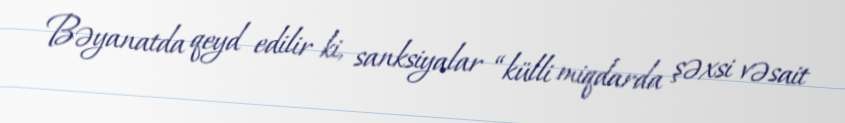
Bəyanatda qeyd edilir ki, sanksiyalar “külli miqdarda şəxsi vəsait